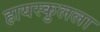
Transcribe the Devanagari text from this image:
हायस्कुलला